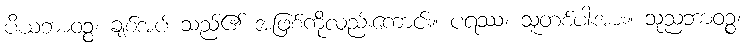
ပိယဘာဝဉ္စ၊ ချစ်အပ် သည်၏ အဖြစ်ကိုလည်းကောင်း။ ပရဿ၊ သူတစ်ပါးအား။ သုညဘာဝဉ္စ၊